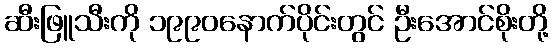
ဆီးဖြူသီးကို ၁၉၉၀နောက်ပိုင်းတွင် ဦးအောင်စိုးတို့